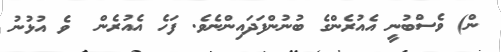
ން) ވެސްބުނީ އެއުރެންގެ ބުނުންފަދައިންނެވެ. ފަހެ އެއުރެން  ވެ އުޅުނު